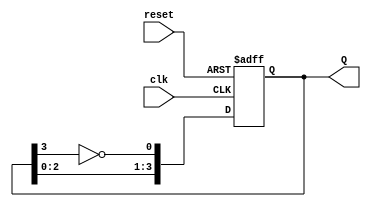
module johnson_counter (
    input wire clk,        // Clock input
    input wire reset,      // Reset input
    output reg [3:0] Q     // Counter output (4 flip-flops)
);

    // Sequential logic for the Johnson counter
    always @(posedge clk or posedge reset) begin
        if (reset) begin
            Q <= 4'b0000;  // Reset the counter to 0000
        end else begin
            // Johnson counter logic
            Q[0] <= ~Q[3];  // DFF0 takes the inverted output of DFF3
            Q[1] <= Q[0];   // DFF1 takes the output of DFF0
            Q[2] <= Q[1];   // DFF2 takes the output of DFF1
            Q[3] <= Q[2];   // DFF3 takes the output of DFF2
        end
    end

endmodule